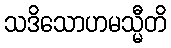
သဒိသောဟမသ္မီတိ